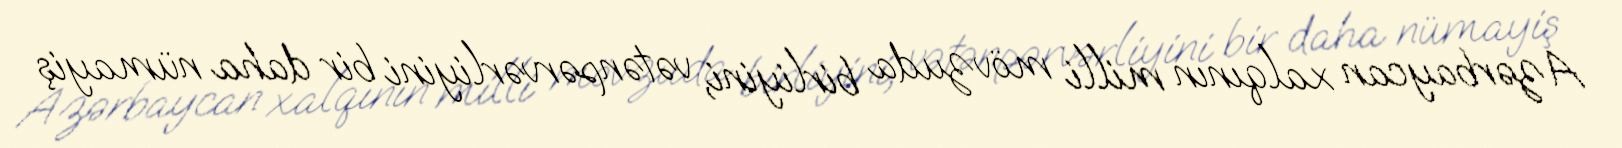
Azərbaycan xalqının milli mövzuda birliyini, vətənpərvərliyini bir daha nümayiş